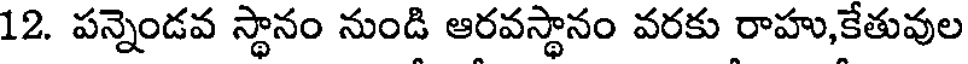
12. పన్నెండవ స్థానం నుండి ఆరవస్థానం వరకు రాహు,కేతువుల